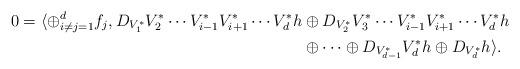
LaTeX: \begin{align*}0=\langle \oplus_{i\neq j=1}^df_j,D_{V_1^*}V_2^*\cdots V_{i-1}^*V_{i+1}^*\cdots V_d^*h &\oplus D_{V_2^*}V_3^* \cdots V_{i-1}^*V_{i+1}^*\cdots V_d^*h\\&\oplus\cdots\oplus D_{V_{d-1}^*}V_{d}^*h\oplus D_{V_d^*}h\rangle.\end{align*}